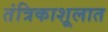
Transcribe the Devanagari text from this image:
तंत्रिकाशूलात